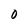
Character: O